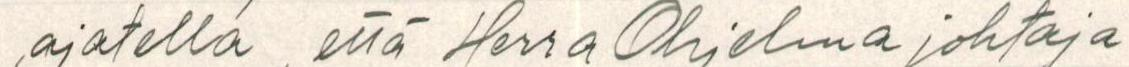
ajatella, että Herra Ohjelmajohtaja